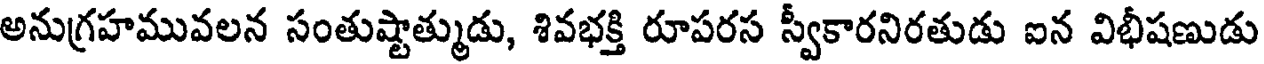
అనుగ్రహమువలన సంతుష్టాత్ముడు, శివభక్తి రూపరస స్వీకారనిరతుడు ఐన విభీషణుడు